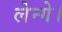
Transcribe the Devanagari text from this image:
लेन्गे।